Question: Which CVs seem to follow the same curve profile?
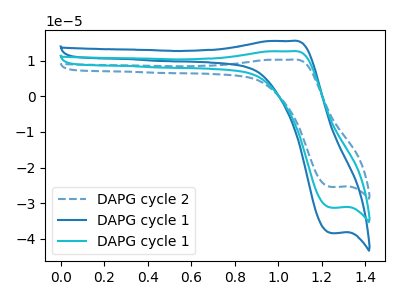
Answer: <think>The blue dashed curve "DAPG cycle 2" has an anodic peak at (1.05V, 10.30uA) and a cathodic peak at (1.25V, -25.45uA). The blue curve "DAPG cycle 1" has an anodic peak at (1.05V, 25.35uA) and a cathodic peak at (1.25V, -62.55uA). The cyan curve "DAPG cycle 1" has an anodic peak at (1.05V, 12.65uA) and a cathodic peak at (1.25V, -31.25uA).
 All the peaks in "DAPG cycle 2" have a peak in "DAPG cycle 1" at the same potential. Every peak in "DAPG cycle 2" is lower than every peak in "DAPG cycle 1". All the peaks in "DAPG cycle 2" have a peak in "DAPG cycle 1" at the same potential. Every peak in "DAPG cycle 2" is lower than every peak in "DAPG cycle 1". All the peaks in "DAPG cycle 1" have a peak in "DAPG cycle 1" at the same potential. Every peak in "DAPG cycle 1" is higher than every peak in "DAPG cycle 1".</think>
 <answer>"DAPG cycle 2", "DAPG cycle 1" and "DAPG cycle 1" have the same shape and are likely CV's of the same chemical.</answer>
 <eval>"DAPG cycle 2" "DAPG cycle 1" "DAPG cycle 1"</eval>